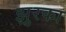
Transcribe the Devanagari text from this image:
झुरका